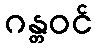
ဂန္တဝင်